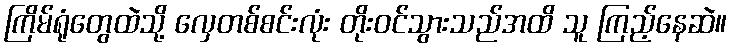
ကြိမ်ရုံတွေထဲသို့ လှေတစ်စင်းလုံး တိုးဝင်သွားသည်အထိ သူ ကြည့်နေဆဲ။